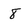
Character: 8